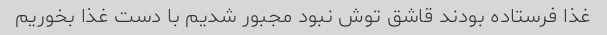
غذا فرستاده بودند قاشق توش نبود مجبور شدیم با دست غذا بخوریم